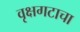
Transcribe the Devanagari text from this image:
वृक्षगटाचा